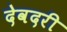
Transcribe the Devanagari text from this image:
देवदरी